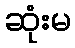
ဆုံးမ